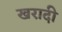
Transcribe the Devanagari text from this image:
खरादी